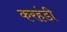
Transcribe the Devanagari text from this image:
करहंडी